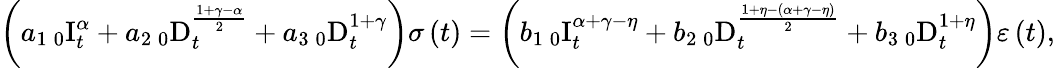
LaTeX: \left(a_{1}\, _{0}\mathrm{I}_{t}^{\alpha}+a_{2}\, _{0}\mathrm{D}_{t}^{\frac{1+\gamma-\alpha}{2}}+a_{3}\, _{0}\mathrm{D}_{t}^{1+\gamma}\right)\sigma\left(t\right)=\left(b_{1}\, _{0}\mathrm{I}_{t}^{\alpha+\gamma-\eta}+b_{2}\, _{0}\mathrm{D}_{t}^{\frac{1+\eta-\left(\alpha+\gamma-\eta\right)}{2}}+b_{3}\, _{0}\mathrm{D}_{t}^{1+\eta}\right)\varepsilon\left(t\right),